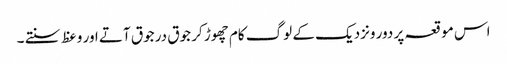
اس موقعہ پر دور ونزدیک کے لوگ کام چھوڑ کر جوق در جوق آتے اور وعظ سنتے ۔